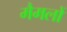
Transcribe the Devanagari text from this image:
मैमलों